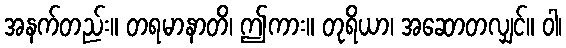
အနက်တည်း။ တရမာနာတိ၊ ဤကား။ တုရိယာ၊ အဆောတလျှင်။ ဝါ၊